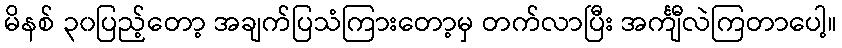
မိနစ် ၃၀ပြည့်တော့ အချက်ပြသံကြားတော့မှ တက်လာပြီး အင်္ကျီလဲကြတာပေါ့။